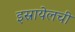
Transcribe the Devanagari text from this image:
इस्रायेलची